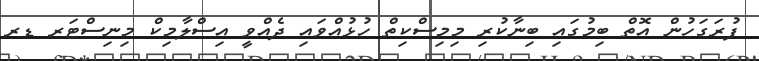
ފުރަގަހުން އޮތް ބިމުގައި ބިނާކުރި މިމިސްކިތް ހުޅުއްވައި ދެއްވީ އިސްލާމިކް މިނިސްޓަރ ޑރ